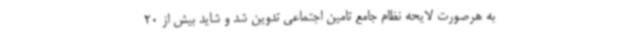
به هرصورت لایحه نظام جامع تامین اجتماعی تدوین شد و شاید بیش از 20